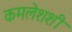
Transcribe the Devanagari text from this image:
कमलेशशी